Annual report of the Bengal Veterinary College and of the Civil Veterinary Department, Bengal, for the year 1916-17 - 1916-1917
Year: 1916
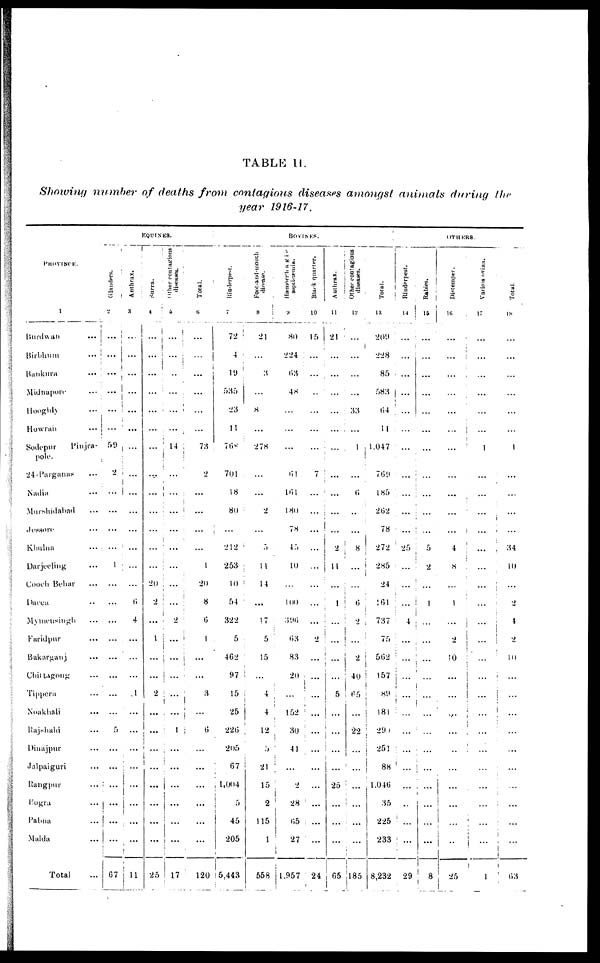
TABLE
II.
Showing
number
of deaths
from
contagious
diseases
amongst
animals
during
the
year
1916-17.
PROVINCE.
1
Burdwan
...
Birbhum
...
Bankura ...
Midnapore
...
Hooghly ...
Howrah
...
Sodepur
Pinjra-
pole.
24-Parganas ...
Nadia ...
Murshidabad ...
Jessore
...
Khulna
...
Darjeeling ...
Cooch Behar ...
Dacca ..
Mymensingh ...
Faridpur ...
Bakarganj ...
Chittagong ...
Tippera ...
Noakhali ...
Rajshahi ...
Dinajpur ...
Jalpaiguri ...
Rangpur ...
Bogra ...
Pabna ...
Malda ...
Total ...
EQUNIES.
Glanders.
2
...
...
...
...
...
...
59
2
...
...
...
...
1
...
...
...
...
...
...
...
5
...
...
...
...
...
...
67
Anthrax.
3
...
...
...
...
...
...
...
...
...
...
...
...
...
6
4
...
...
...
1
...
...
...
...
...
...
...
...
11
Surra.
4
...
...
...
...
...
...
...
...
...
...
...
...
...
20
2
...
1
...
...
2
...
...
...
...
...
...
...
...
25
Other contagious
diseases.
5
...
...
..
...
...
...
14
...
...
...
...
...
...
...
...
2
...
...
...
...
...
1
...
...
...
...
...
...
17
Total.
6
...
...
...
...
...
...
73
2
...
...
...
...
1
20
8
6
1
...
...
3
...
6
...
...
...
...
...
...
120
BOVINES.
Rinderpest.
7
72
4
19
535
23
11
768
701
18
80
...
212
253
10
54
322
5
462
97
15
25
226
205
67
1,004
5
45
205
5,443
Foot-and-mouth
8
21
...
3
...
8
...
278
...
...
2
...
5
11
14
...
17
5
15
...
4
4
12
5
21
15
2
115
1
558
Hæmorrhagie
9
80
224
63
48
...
...
...
61
161
180
78
45
10
...
100
396
63
83
20
...
152
30
41
...
2
28
65
27
1,957
Black quarter.
10
15
...
...
..
...
...
...
7
...
...
...
...
...
...
...
...
2
...
...
...
...
...
...
...
...
...
...
...
24
Anthrax.
11
21
...
...
...
...
...
...
...
...
...
...
2
11
...
1
...
...
...
...
5
...
...
...
...
25
...
...
...
65
Other contagious
diseases.
12
...
...
...
...
33
...
1
...
6
...
...
8
...
...
6
2
...
2
40
65
...
22
...
...
...
...
...
...
185
Total.
13
209
228
85
583
64
11
1.047
769
185
262
78
272
285
24
161
737
75
562
157
89
181
290
251
88
1.046
35
225
233
8,232
OTHERS.
Rinderpest.
14
...
...
...
...
...
...
...
...
...
...
...
25
...
...
...
4
...
...
...
...
...
...
...
...
..
...
...
29
Rabies.
15
...
...
...
...
...
...
...
...
...
...
...
5
2
...
1
...
...
...
...
...
...
...
...
...
...
...
...
...
8
Distemper.
16
...
...
...
...
...
...
...
...
...
...
...
4
8
...
1
...
2
10
...
...
...
...
...
...
...
...
...
...
25
Variola ovina.
17
...
...
...
...
...
...
1
...
...
...
...
i
...
...
...
...
...
...
...
...
...
...
...
...
...
...
...
...
1
Total.
18
...
...
...
...
...
...
1
...
...
...
...
34
10
...
2
...
2
10
...
...
...
...
...
...
...
...
...
...
63